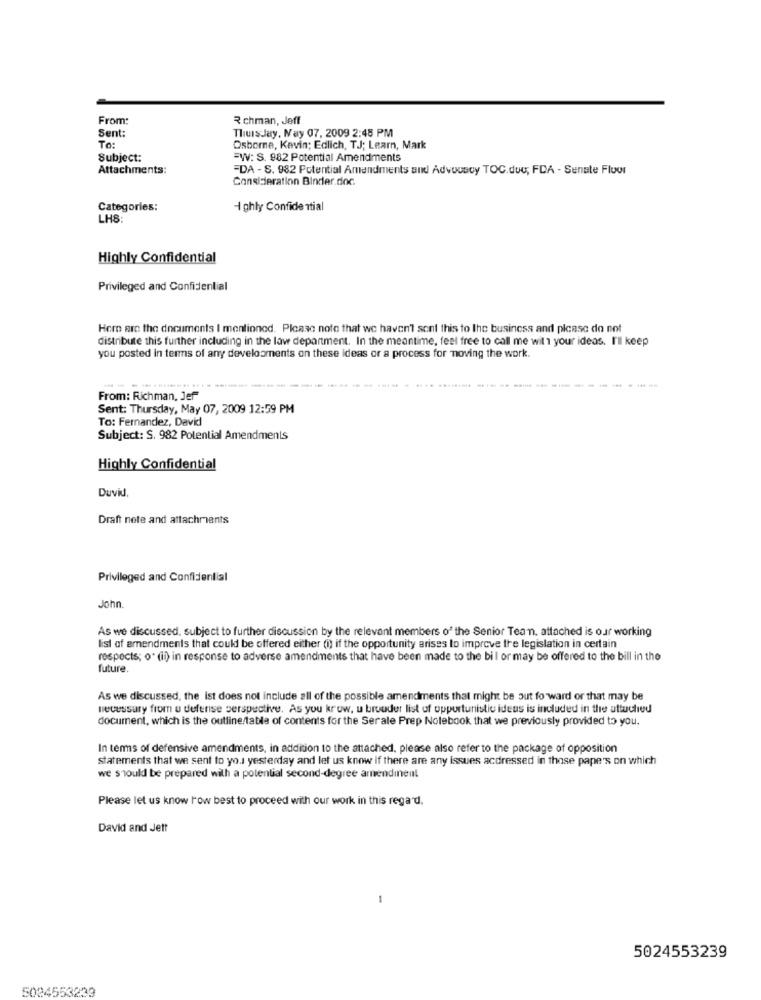
From:
R chman, Jeff
Sent:
Thursday, May 07, 2009 2:48 PM
To:
Osborne, Kevin; Edlich, TJ; Learn, Mark
Subject:
=W: S. 982 Potential Amendments
Attachments:
-DA - S. 982 Potential Amendments and Advocacy TOC.due; FDA - Senate Fluor
Consideration Binder.doc
Categories:
Ighly Confidential
LH8:
Highly Confidential
Privileged and Confidential
Here are the documents I mentioned. Please note that we haven't sont this to The business and please do not
distribute this further including in the law department. In the meantime, feel free to call me wil 1 your ideas. I'll keep
you posted in terms of any developments on these ideas or a process for moving the work.
----
From: Richman, Jef"
Sent: Thursday, May 07, 2009 12:59 PM
To: Fernandez, David
Subject: S. 982 Potential Amendments
Highly Confidential
Duvid,
Draft nete and attachments
Privileged and Confidential
John
As we discussed, subject to further discussion by the relevant members of the Senior Tean. attached is our working
list of amendments that could be offered either (i) if the opportunity arises to improve the legislation in certain
respects; o' (il) in response to adverse amendments that have been made to the bil or may be offered to the bill in the
future.
As we discussed, the ist does not include all of the possible amendments that might be out forward or that may be
necessary from u defense perspective. As you krow, u brouder list of opportunistic ideus is included in the attuched
document, which is the outline/table of contents for the Serale Prep Notebook that we previously provided to you.
In terms of defensive amendments, in addition to the attached, please also refer to the package of opposition
statements that we sent to you yesterday and let us know if there are any issues acdressed in those pape's on which
we should be prepared with a potential second-degree amendment
Please let us know row best to proceed with our work in this regard.
David and Jett
-
5024553239
5024553233